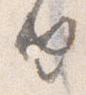
由